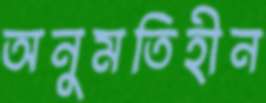
অনুমতিহীন